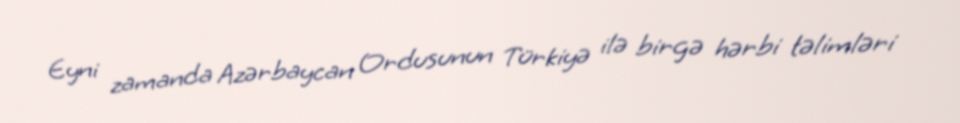
Eyni zamanda Azərbaycan Ordusunun Türkiyə ilə birgə hərbi təlimləri